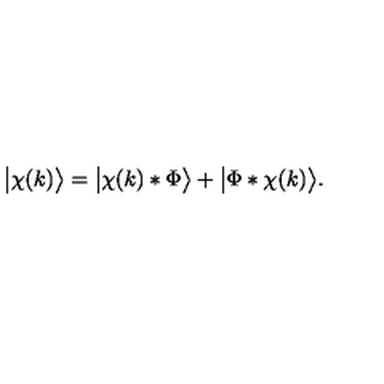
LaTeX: \big | \chi ( k ) \big \rangle = \big | \chi ( k ) * \Phi \big \rangle + \big | \Phi * \chi ( k ) \big \rangle .